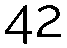
42